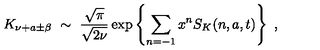
K _ { \nu + a \pm \beta } \ \sim \ \frac { \sqrt { \pi } } { \sqrt { 2 \nu } } \exp \left\{ \sum _ { n = - 1 } x ^ { n } S _ { K } ( n , a , t ) \right\} \ ,